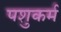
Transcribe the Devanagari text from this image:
पशुकर्म